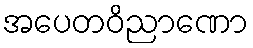
အပေတဝိညာဏော